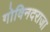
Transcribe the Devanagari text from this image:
गोविनदराजा